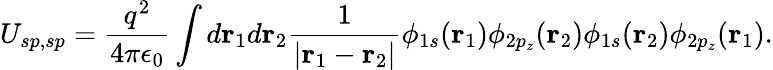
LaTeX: U_{sp,sp}=\frac{q^{2}}{4\pi\epsilon_{0}}\int d{\mathbf r}_{1}d{\mathbf r}_{2}\frac{1}{|{\mathbf r}_{1}-{\mathbf r}_{2}|}\phi_{1s}({\mathbf r}_{1})\phi_{2p_{z}}({\mathbf r}_{2})\phi_{1s}({\mathbf r}_{2})\phi_{2p_{z}}({\mathbf r}_{1}).